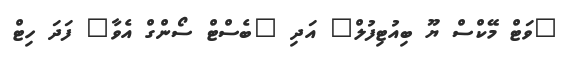
"ވަޓް މޭކްސް ޔޫ ބިއުޓިފުލް" އަދި "ބެސްޓް ސޯންގް އެވާ" ފަދަ ހިޓް